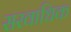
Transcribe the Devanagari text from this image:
सरवाधिक